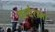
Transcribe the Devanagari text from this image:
वल्देरामा